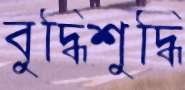
বুদ্ধিশুদ্ধি